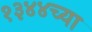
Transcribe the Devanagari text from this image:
१३४४च्या